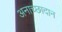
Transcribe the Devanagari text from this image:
अनाच्छादान